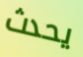
يحدث